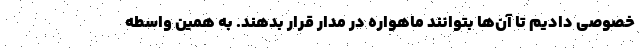
خصوصی دادیم تا آن‌ها بتوانند ماهواره در مدار قرار بدهند. به همین واسطه